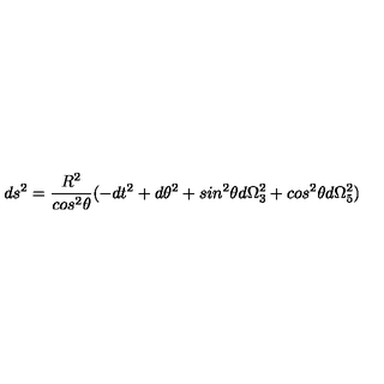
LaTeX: d s ^ { 2 } = \frac { R ^ { 2 } } { c o s ^ { 2 } \theta } ( - d t ^ { 2 } + d \theta ^ { 2 } + s i n ^ { 2 } \theta d \Omega _ { 3 } ^ { 2 } + c o s ^ { 2 } \theta d \Omega _ { 5 } ^ { 2 } )